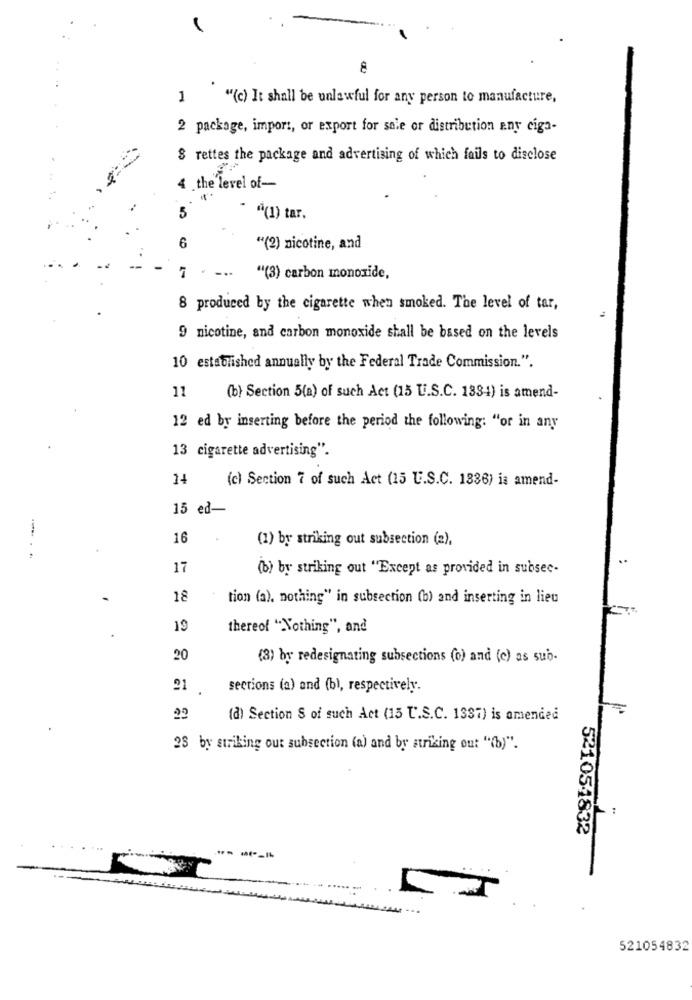
1
"(c) It shall be unlawful for any person to manufacture,
2 package, import, or export for sale or distribution Eny ciga-
$ rettes the package and advertising of which fails to disclose
4 .the level of-
5
"À(1) tar.
6
"(2) nicotine, and
"(3) carbon monoxide,
8 produced by the cigarette when smoked. The level of tar,
9 nicotine, and carbon monoxide shall be based on the levels
10 established annually by the Federal Trade Commission.".
11
(b) Section 5(a) of such Act (15 U.S.C. 1334) is amend-
12 ed by inserting before the period the following: "or in any
13 cigarette advertising".
14
(c) Section 7 of such Act (15 U.S.C. 1336) is amend-
15 ed-
16
(1) by striking out subsection (2),
17
(b) by striking out "Except as provided in subsec-
18
tion (a). nothing" in subsection (b) and inserting in lieu
19
thereof "Nothing", and
20
(3) by redesignating subsections (o) and (c) as sub-
21
sections (a) and (b), respectively.
(d) Section S of such Act (15 U.S.C. 1337) is amended
28 by striking out subsection (a) and by striking out "(b)".
521051832
521054832